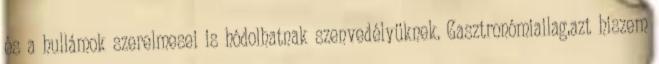
és a hullámok szerelmesei is hódolhatnak szenvedélyüknek. Gasztronómiailag,azt hiszem